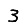
Digit: 3